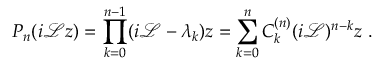
P _ { n } ( i \mathcal { L } z ) = \prod _ { k = 0 } ^ { n - 1 } ( i \mathcal { L } - \lambda _ { k } ) z = \sum _ { k = 0 } ^ { n } C _ { k } ^ { ( n ) } ( i \mathcal { L } ) ^ { n - k } z ~ .